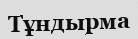
Тұндырма